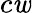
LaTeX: c\mathit{w}